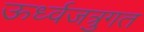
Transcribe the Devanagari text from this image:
ऊर्ध्वजत्रुगत